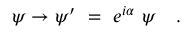
\psi \to \psi ^ { \prime } ~ = ~ e ^ { i \alpha } ~ \psi \quad .